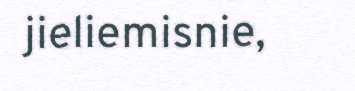
jieliemisnie,